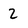
Character: 2